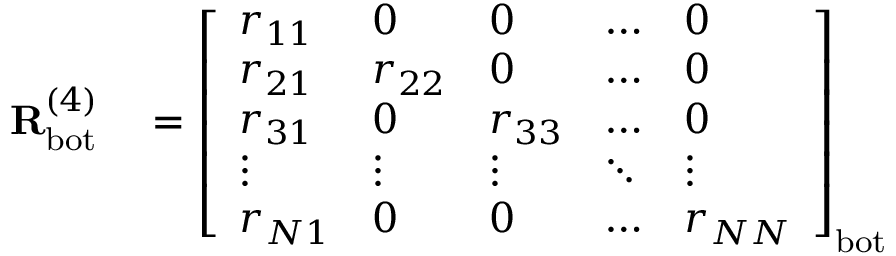
\begin{array} { r l } { \mathbf { R } _ { \mathrm { b o t } } ^ { ( 4 ) } } & { { } = \left[ \begin{array} { l l l l l } { r _ { 1 1 } } & { 0 } & { 0 } & { \dots } & { 0 } \\ { r _ { 2 1 } } & { r _ { 2 2 } } & { 0 } & { \dots } & { 0 } \\ { r _ { 3 1 } } & { 0 } & { r _ { 3 3 } } & { \dots } & { 0 } \\ { \vdots } & { \vdots } & { \vdots } & { \ddots } & { \vdots } \\ { r _ { N 1 } } & { 0 } & { 0 } & { \dots } & { r _ { N N } } \end{array} \right] _ { \mathrm { b o t } } } \end{array}